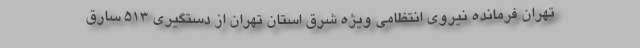
تهران فرمانده نیروی انتظامی ویژه شرق استان تهران از دستگیری ۵۱۳ سارق